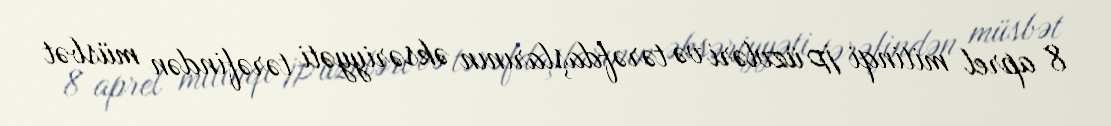
8 aprel mitinqi İP üzvləri və tərəfdaşlarının əksəriyyəti tərəfindən müsbət